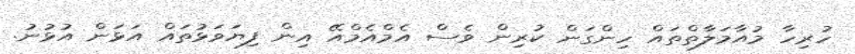
ހުރިހާ މުއާމަލާތްތައް ހިންގަން ކުރިން ވެސް އެމްއެމްއޭ އިން ފިޔަވަޅުތައް އަޅަން އުޅުނު.